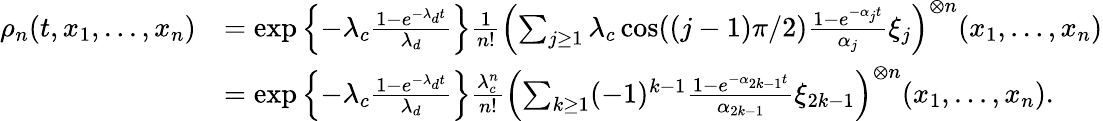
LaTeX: \begin{array}{rl}{\rho_{n}(t,x_{1},...,x_{n})}&{=\exp\left\{ -\lambda_{c}\frac{1-e^{-\lambda_{d}t}}{\lambda_{d}}\right\} \frac{1}{n!}\left(\sum_{j\geq 1}\lambda_{c}\cos((j-1)\pi/2)\frac{1-e^{-\alpha_{j}t}}{\alpha_{j}}\xi_{j}\right)^{\otimes n}(x_{1},...,x_{n})}\\ &{=\exp\left\{ -\lambda_{c}\frac{1-e^{-\lambda_{d}t}}{\lambda_{d}}\right\} \frac{\lambda_{c}^{n}}{n!}\left(\sum_{k\geq 1}(-1)^{k-1}\frac{1-e^{-\alpha_{2k-1}t}}{\alpha_{2k-1}}\xi_{2k-1}\right)^{\otimes n}(x_{1},...,x_{n}).}\end{array}